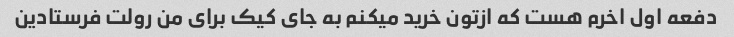
دفعه اول اخرم هست که ازتون خرید میکنم به جای کیک برای من رولت فرستادین